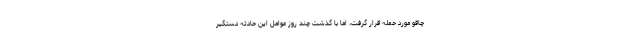
چاقو مورد حمله قرار گرفت، اما با گذشت چند روز عوامل این حادثه دستگیر